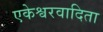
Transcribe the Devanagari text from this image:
एकेश्वरवादिता